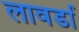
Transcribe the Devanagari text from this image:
लावर्डा